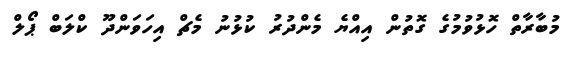
މުބާރާތް ހޮޅުވުމުގެ ގޮތުން އިއްޔެ މެންދުރު ކުޅުނު މެޗް އިހަވަންދޫ ކްލަބް ޕޯލް